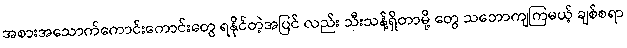
အစားအသောက်ကောင်းကောင်းတွေ ရနိုင်တဲ့အပြင် လည်း သီးသန့်ရှိတာမို့ တွေ သဘောကျကြမယ့် ချစ်စရာ